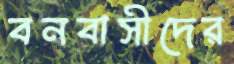
বনবাসীদের